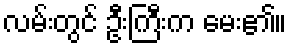
လမ်းတွင် ဦးကြီးက မေး၏။